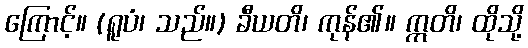
ကြောင့်။ (ရူပံ၊ သည်။) ခီယတိ၊ ကုန်၏။ ဣတိ၊ ထိုသို့